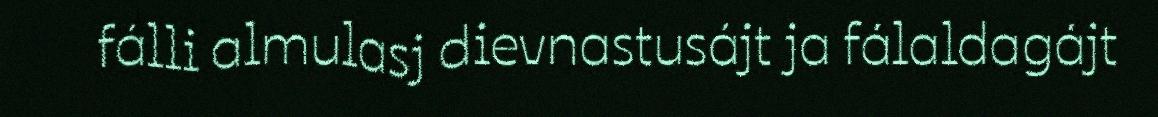
fálli almulasj dievnastusájt ja fálaldagájt